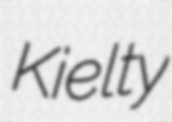
Kielty